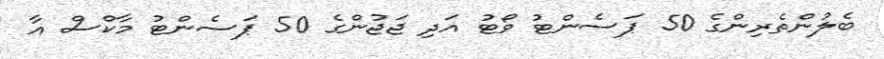
ބެލުންތެރިންގެ 50 ޕަސެންޓު ވޯޓު އަދި ޖަޖުންގެ 50 ޕަސެންޓު މާކްސް އާ